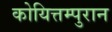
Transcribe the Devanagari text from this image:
कोयित्तम्पुरान